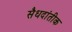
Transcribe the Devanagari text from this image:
सैधदांतीक